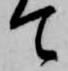
て